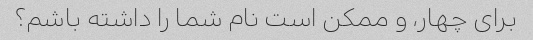
برای چهار، و ممکن است نام شما را داشته باشم؟